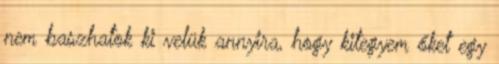
nem baszhatok ki velük annyira, hogy kitegyem őket egy